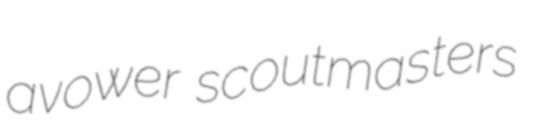
avower scoutmasters